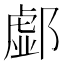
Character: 𨝹